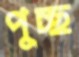
পুচ্ছ